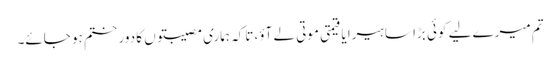
تم میرے لیے کوئی بڑا سا ہیرا یا قیمتی موتی لے آؤ، تاکہ ہماری مصیبتوں کا دور ختم ہو جائے۔